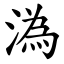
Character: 溈